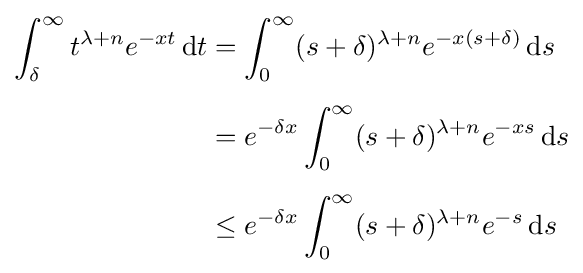
{\begin{aligned}\int _{\delta }^{\infty }t^{\lambda +n}e^{-xt}\,\mathrm {d} t&=\int _{0}^{\infty }(s+\delta )^{\lambda +n}e^{-x(s+\delta )}\,\mathrm {d} s\\[5pt]&=e^{-\delta x}\int _{0}^{\infty }(s+\delta )^{\lambda +n}e^{-xs}\,\mathrm {d} s\\[5pt]&\leq e^{-\delta x}\int _{0}^{\infty }(s+\delta )^{\lambda +n}e^{-s}\,\mathrm {d} s\end{aligned}}